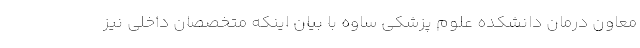
معاون درمان دانشکده علوم پزشکی ساوه با بیان اینکه متخصصان داخلی نیز